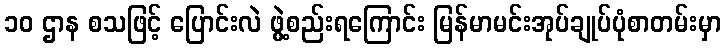
၁၀ ဌာန စသဖြင့် ပြောင်းလဲ ဖွဲ့စည်းရကြောင်း မြန်မာမင်းအုပ်ချုပ်ပုံစာတမ်းမှာ